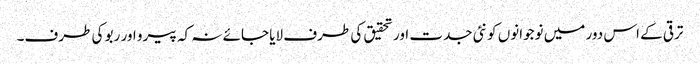
ترقی کے اس دور میں نوجوانوں کو نئی جدت اور تحقیق کی طرف لایا جائے نہ کہ پیرو اور ربو کی طرف۔